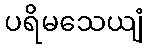
ပရိမသေယျံ